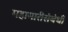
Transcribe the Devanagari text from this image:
महामारीसंबंधी